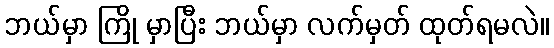
ဘယ်မှာ ကြို မှာပြီး ဘယ်မှာ လက်မှတ် ထုတ်ရမလဲ။